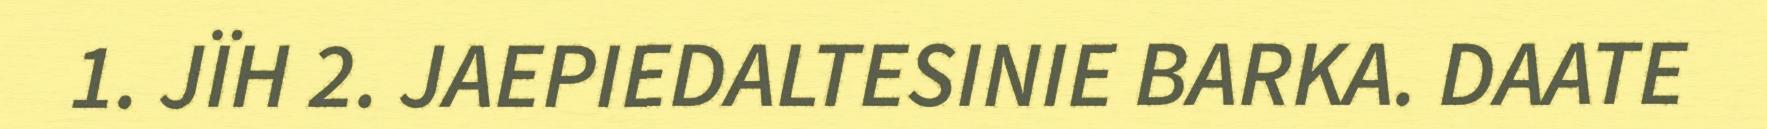
1. JÏH 2. JAEPIEDALTESINIE BARKA. DAATE